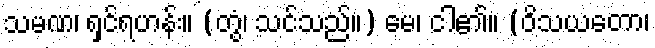
သမဏ၊ ရှင်ရဟန်း။ (တွံ၊ သင်သည်။) မေ၊ ငါ၏။ (ဝိသယတော၊